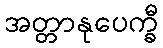
အတ္တာနုပေက္ခီ